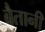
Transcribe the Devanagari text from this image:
बैतानी